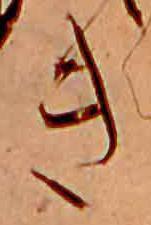
き